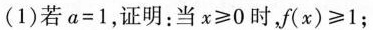
(1)若$$a = 1$$，证明：当$$x ≥ 0$$时，$$f ( x ) ≥ 1$$；